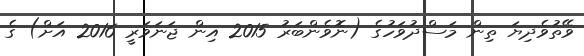
ވޭތުވެދިޔަ ތިން މަސްދުވަހުގެ (ނޮވެންބަރު 2015 އިން ޖަނަވަރީ 2016 އަށް) ގެ